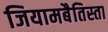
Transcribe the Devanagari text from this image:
जियामबैतिस्ता